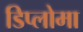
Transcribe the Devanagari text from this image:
डिप्‍लोमा